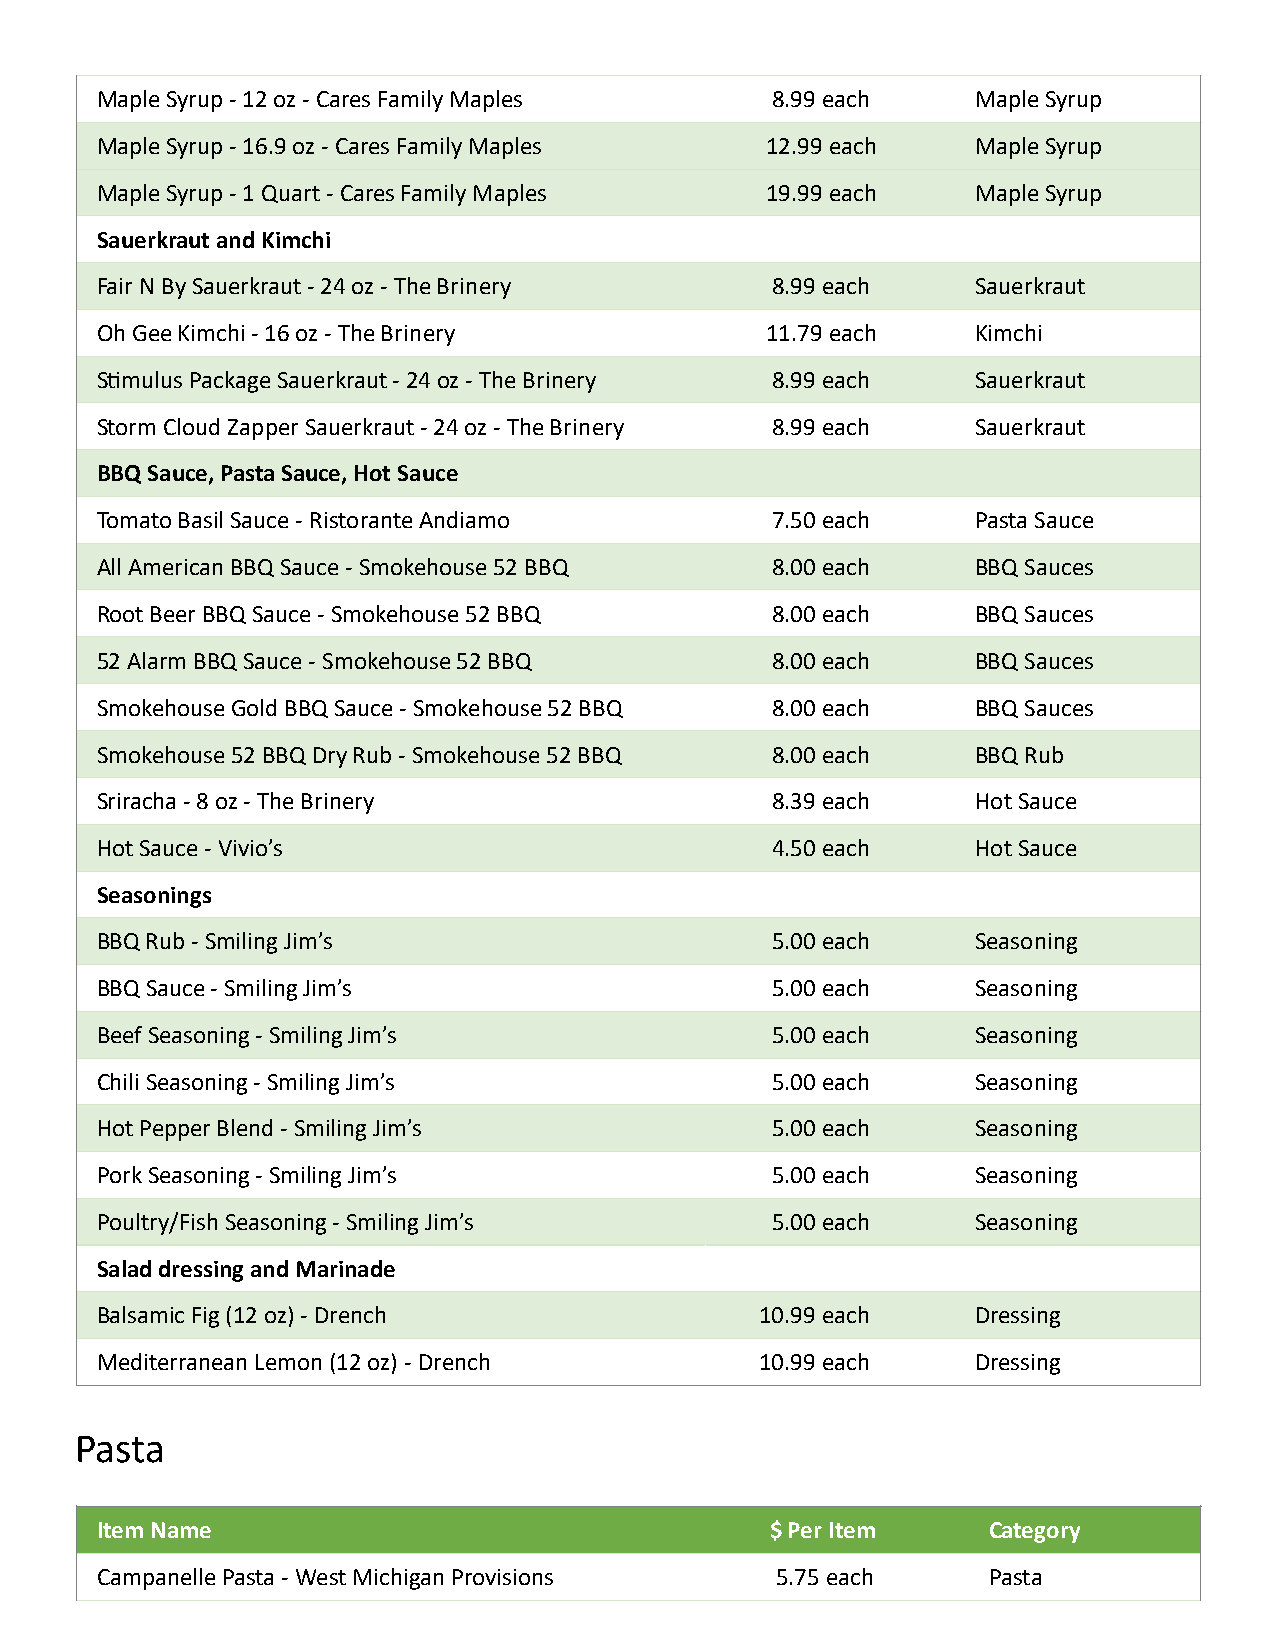
Maple Syrup - 12 oz - Cares Family Maples    8.99 each     Maple Syrup
 Maple Syrup - 16.9 oz - Cares Family Maples  12.99 each    Maple Syrup
 Maple Syrup - 1 Quart - Cares Family Maples  19.99 each    Maple Syrup
 Sauerkraut and Kimchi
 Fair N By Sauerkraut - 24 oz - The Brinery   8.99 each     Sauerkraut
 Oh Gee Kimchi - 16 oz - The Brinery          11.79 each    Kimchi
 S_mulus Package Sauerkraut - 24 oz - The Brinery 8.99 each Sauerkraut
 Storm Cloud Zapper Sauerkraut - 24 oz - The Brinery 8.99 each Sauerkraut
 BBQ Sauce, Pasta Sauce, Hot Sauce
 Tomato Basil Sauce - Ristorante Andiamo      7.50 each     Pasta Sauce
 All American BBQ Sauce - Smokehouse 52 BBQ   8.00 each     BBQ Sauces
 Root Beer BBQ Sauce - Smokehouse 52 BBQ      8.00 each     BBQ Sauces
 52 Alarm BBQ Sauce - Smokehouse 52 BBQ       8.00 each     BBQ Sauces
 Smokehouse Gold BBQ Sauce - Smokehouse 52 BBQ 8.00 each    BBQ Sauces
 Smokehouse 52 BBQ Dry Rub - Smokehouse 52 BBQ 8.00 each    BBQ Rub
 Sriracha - 8 oz - The Brinery                8.39 each     Hot Sauce
 Hot Sauce - Vivio’s                          4.50 each     Hot Sauce
 Seasonings
 BBQ Rub - Smiling Jim’s                      5.00 each     Seasoning
 BBQ Sauce - Smiling Jim’s                    5.00 each     Seasoning
 Beef Seasoning - Smiling Jim’s               5.00 each     Seasoning
 Chili Seasoning - Smiling Jim’s              5.00 each     Seasoning
 Hot Pepper Blend - Smiling Jim’s             5.00 each     Seasoning
 Pork Seasoning - Smiling Jim’s               5.00 each     Seasoning
 Poultry/Fish Seasoning - Smiling Jim’s       5.00 each     Seasoning
 Salad dressing and Marinade
 Balsamic Fig (12 oz) - Drench               10.99 each     Dressing
 Mediterranean Lemon (12 oz) - Drench        10.99 each     Dressing
 Pasta
 Item Name                                    $ Per Item    Category
 Campanelle Pasta - West Michigan Provisions  5.75 each     Pasta